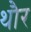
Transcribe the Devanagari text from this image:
थौर